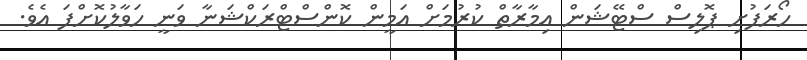
ހޯރަފުށި ޕޮލިސް ސްޓޭޝަން އިމާރާތް ކުރުމަށް އަމީން ކޮންސްޓްރަކްޝަނާ ވަނީ ހަވާލުކޮށްފަ އެވެ.